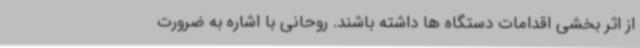
از اثر بخشی اقدامات دستگاه ها داشته باشند. روحانی با اشاره به ضرورت